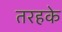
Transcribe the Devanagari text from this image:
तरहके